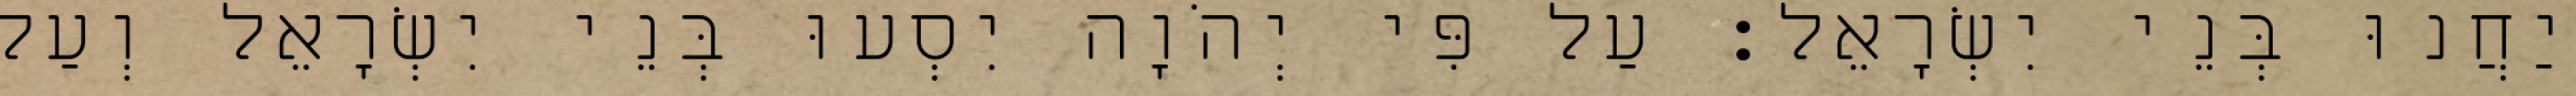
יַחֲנוּ בְּנֵי יִשְׂרָאֵל׃ עַל פִּי יְהֹוָה יִסְעוּ בְּנֵי יִשְׂרָאֵל וְעַל